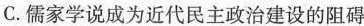
C.儒家学说成为近代民主政治建设的阻碍